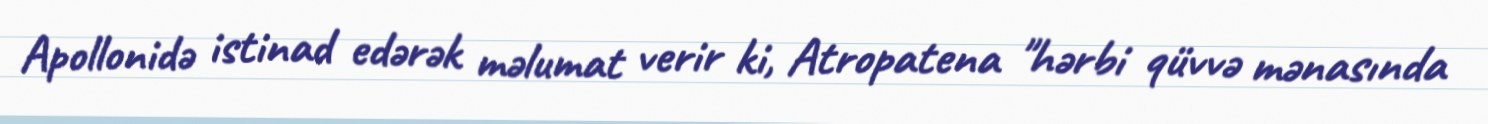
Apollonidə istinad edərək məlumat verir ki, Atropatena "hərbi qüvvə mənasında